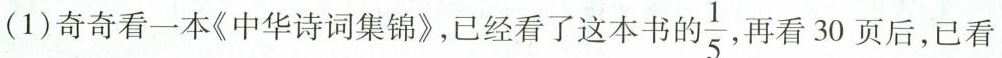
(1)奇奇看一本《中华诗词集锦》，已经看了这本书的 \frac{1}{5} ，再看30页后，已看